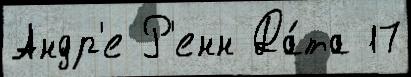
Андр'е Р'енн Да́та 17